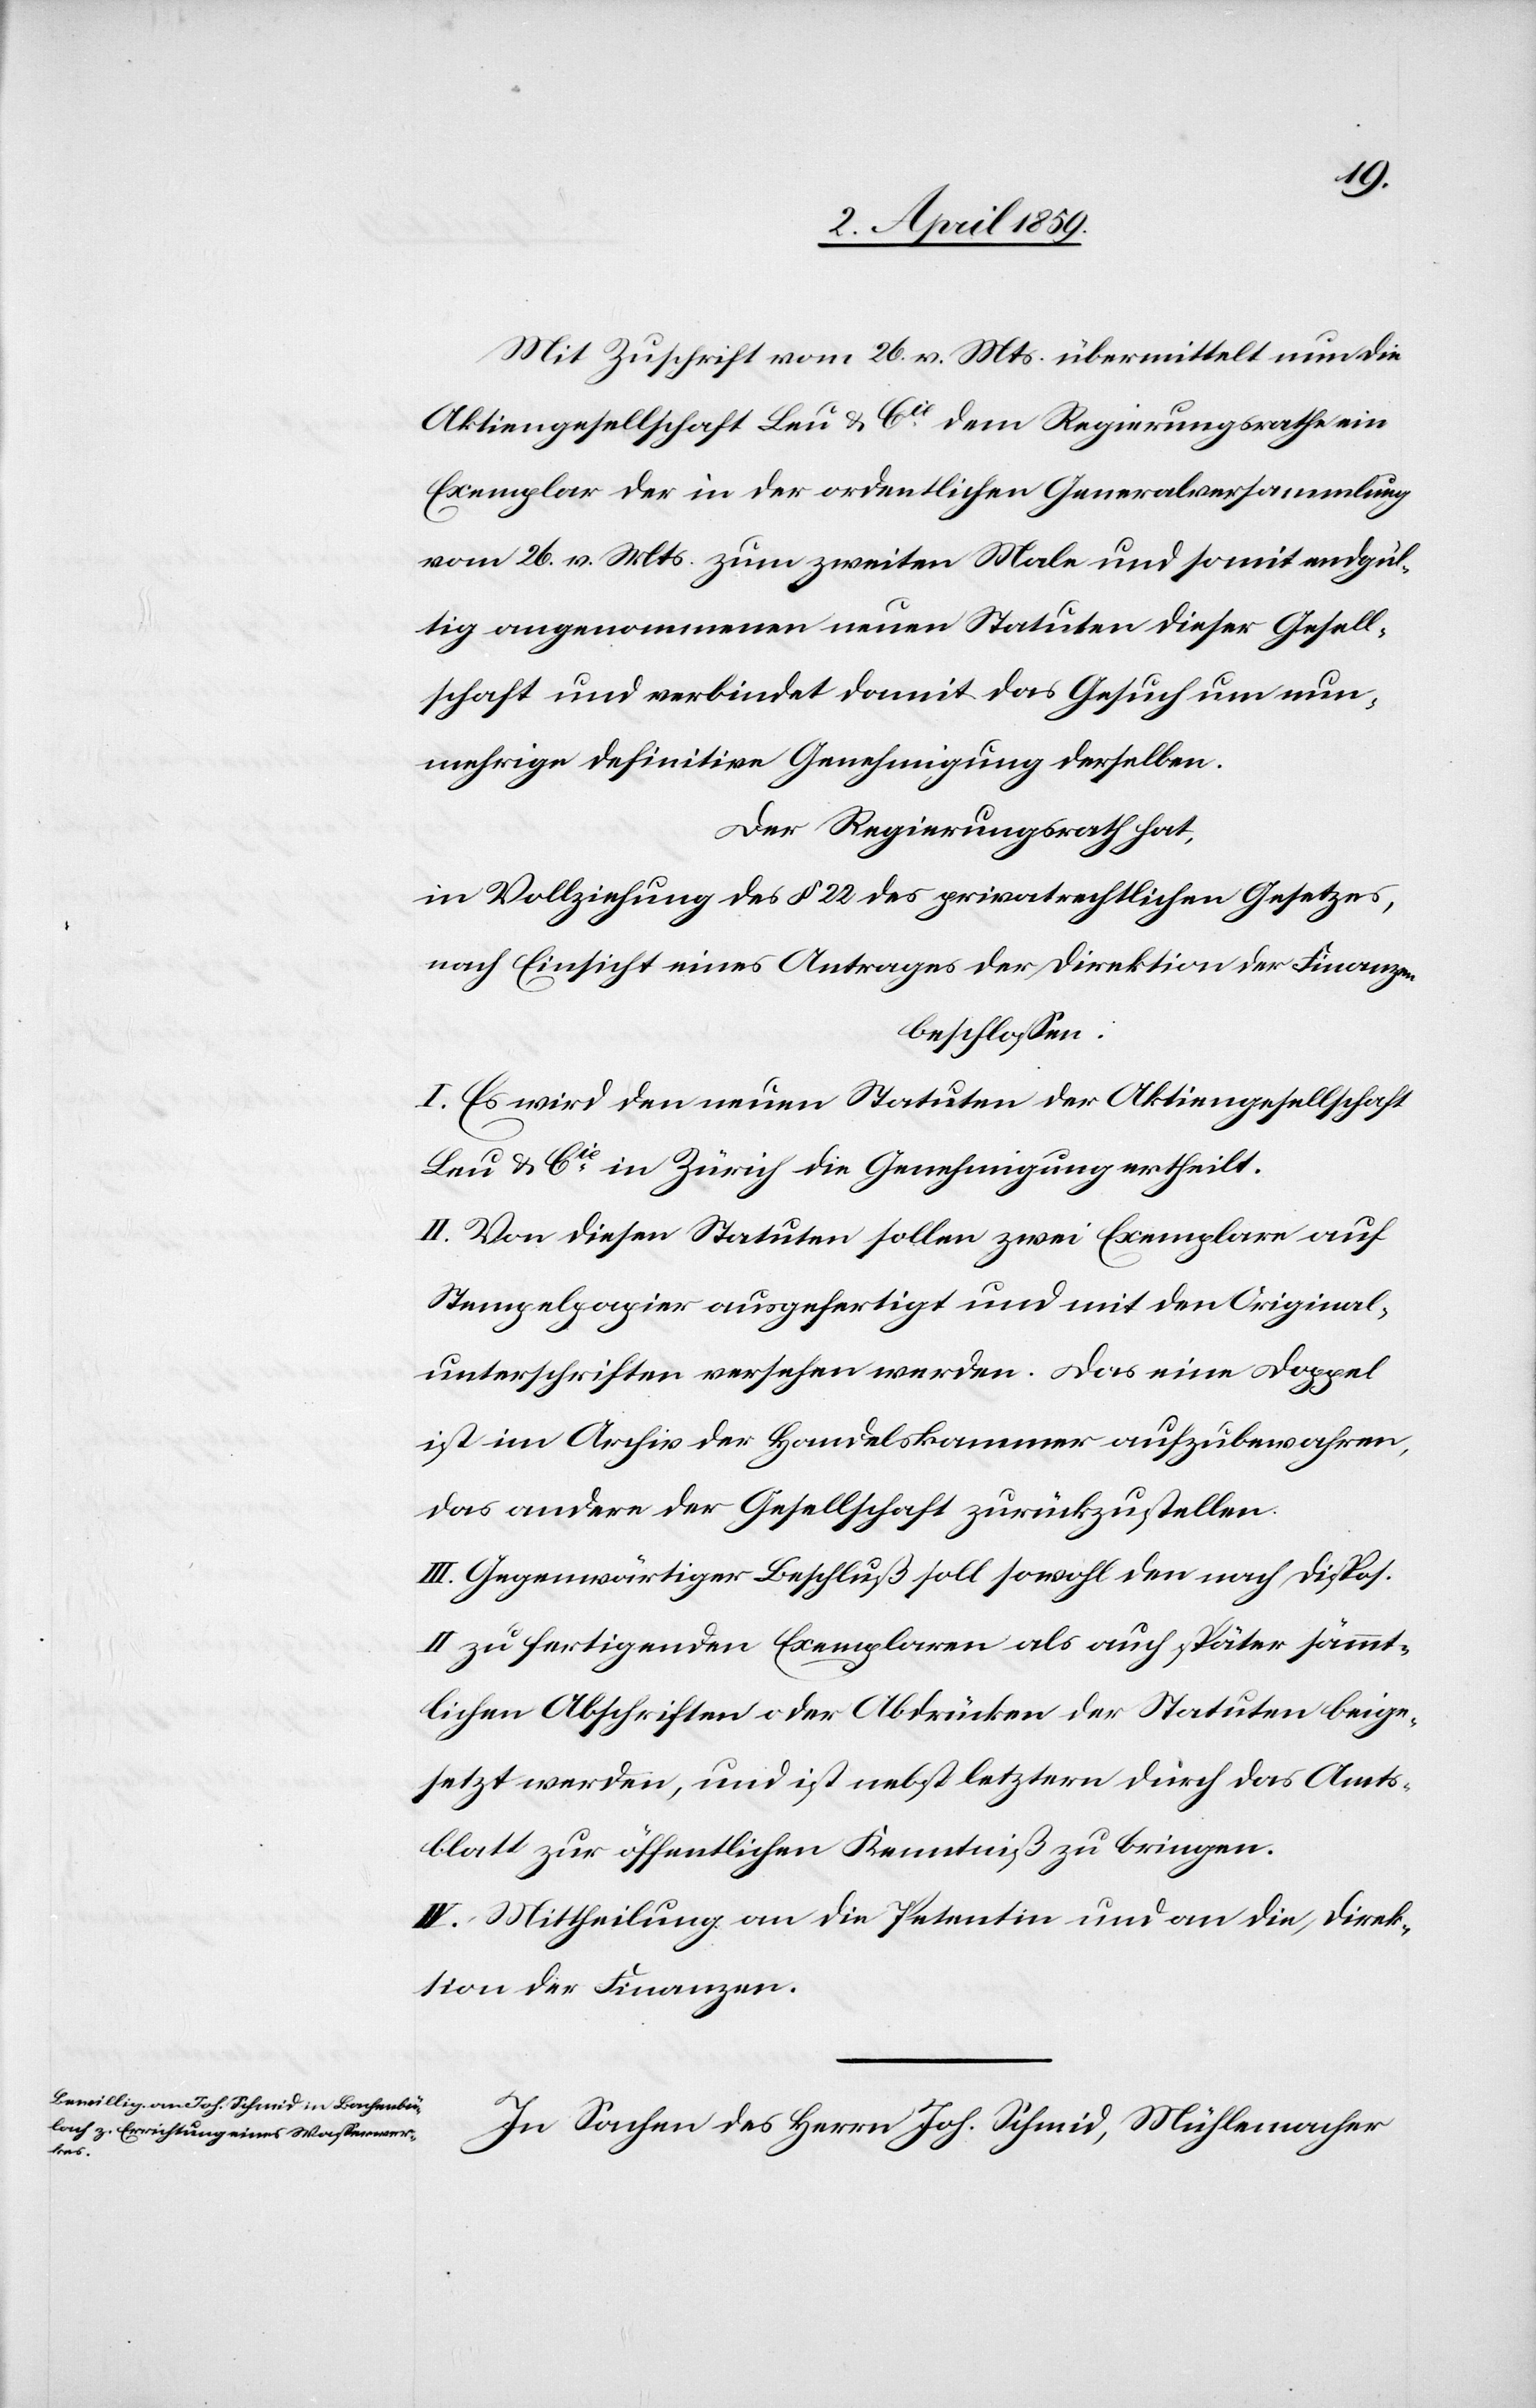
Mit Zuschrift vom 26. v. Mts übermittelt nun die
Aktiengesellschaft Leu & Cie dem Regierungsrathe ein
Exemplar der in der ordentlichen Generalversammlung
vom 26. v. Mts. zum zweiten Male und somit endgül¬
tig angenommenen neuen Statuten dieser Gesell¬
schaft und verbindet damit das Gesuch um nun¬
mehrige definitive Genehmigung derselben.
Der Regierungsrath hat,
in Vollziehung des § 22 des privatrechlichen Gesetzes,
nach Einsicht eines Antrages der Direktion der Finanzen
beschloßen:
I. Es wird den neuen Statuten der Aktiengesellschaft
Leu & Cie in Zürich die Genehmigung ertheilt.
II. Von diesen Statuten sollen zwei Exemplare auf
Stempelpapier ausgefertigt und mit den Original¬
unterschriften versehen werden. Das eine Doppel
ist im Archiv der Handelskammer aufzubewahren,
das andere der Gesellschaft zurückzustellen.
III. Gegenwärtiger Beschluß soll sowohl den nach Dispos.
II zu fertigenden Exemplaren als auch später sämmt¬
lichen Abschriften oder Abdrücken der Statuten beige¬
setzt werden, und ist nebst letztern durch das Amts¬
blatt zur öffentlichen Kenntniß zu bringen.
IV. Mittheilung an die Petentin und an die Direk¬
tion der Finanzen.
In Sachen des Herrn Joh. Schmid, Mühlemacher